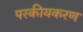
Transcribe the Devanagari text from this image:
परकीयकरण